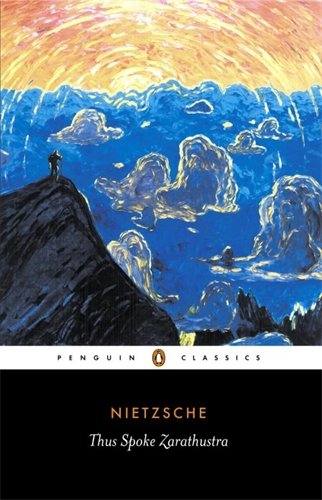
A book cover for Thus Spoke Zarathustra: A Book for Everyone and No One (Penguin Classics); Friedrich Nietzsche; Politics & Social Sciences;